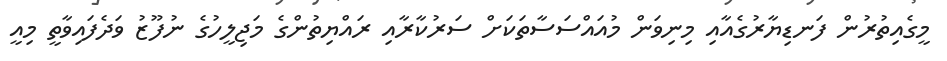
މީގެއިތުރުން ފަނޑިޔާރުގެއާއި މިނިވަން މުއައްސަސާތަކަށް ސަރުކާރާއި ރައްޔިތުންގެ މަޖިލީހުގެ ނުފޫޒު ވަދެފައިވާތީ މިއީ